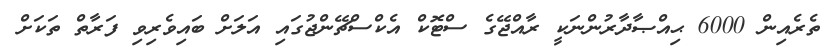
ތެރެއިން 6000 ޙިއްޞާދާރުންނަކީ ރާއްޖޭގެ ސްޓޮކް އެކްސްޗޭންޖުގައި އަލަށް ބައިވެރިވި ފަރާތް ތަކަށް